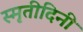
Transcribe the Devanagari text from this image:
स्मृतीदिनी